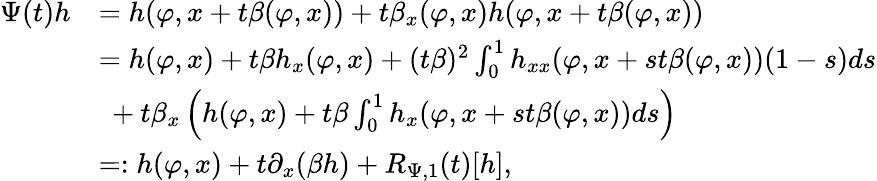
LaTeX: \begin{array}{rl}{\Psi(t)h}&{=h(\varphi,x+t\beta(\varphi,x))+t\beta_{x}(\varphi,x)h(\varphi,x+t\beta(\varphi,x))}\\ &{=h(\varphi,x)+t\beta h_{x}(\varphi,x)+(t\beta)^{2}\int_{0}^{1}h_{xx}(\varphi,x+st\beta(\varphi,x))(1-s)ds}\\ &{\ +t\beta_{x}\left(h(\varphi,x)+t\beta\int_{0}^{1}h_{x}(\varphi,x+st\beta(\varphi,x))ds\right)}\\ &{=:h(\varphi,x)+t\partial_{x}(\beta h)+R_{\Psi,1}(t)[h],}\end{array}